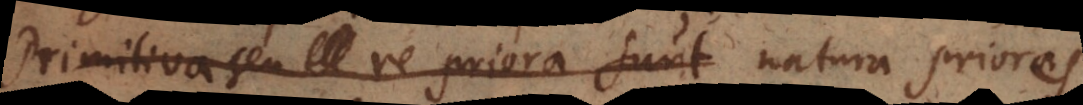
Primitiva seu re priora sunt natura priora